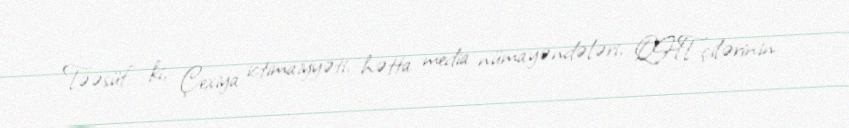
- Təəsüf ki, Çexiya ictimaiyyəti, hətta media nümayəndələri, QHT-çilərinin